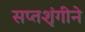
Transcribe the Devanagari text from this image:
सप्तशृंगीने